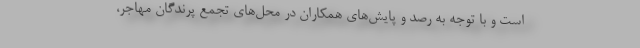
است و با توجه به رصد و پایش‌های همکاران در محل‌های تجمع پرندگان مهاجر،